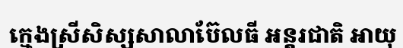
ក្មេងស្រីសិស្សសាលាប៊ែលធី អន្តរជាតិ អាយុ